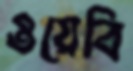
ওয়েবি